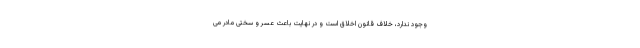
وجود ندارد، خلاف قانون اخلاق است و در نهایت باعث عسر و سختی مادر می